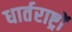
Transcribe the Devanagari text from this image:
धार्तराष्ट्रों